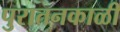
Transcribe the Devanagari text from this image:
पुरातनकाळी